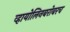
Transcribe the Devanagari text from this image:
व्हायोलिनबरोबरच